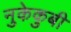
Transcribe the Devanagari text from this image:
नुकेकुबी